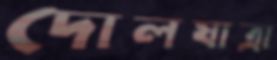
দোলযাত্রা